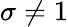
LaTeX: \sigma\neq 1